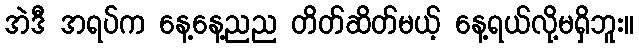
အဲဒီ အရပ်က နေ့နေ့ညည တိတ်ဆိတ်မယ့် နေ့ရယ်လို့မရှိဘူး။